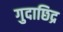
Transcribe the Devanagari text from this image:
गुदाछिद्र